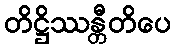
တိဋ္ဌိဿန္တီတိပေ